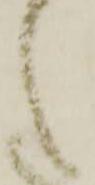
候